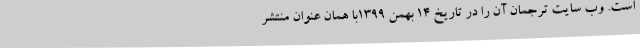
است. وب سایت ترجمان آن را در تاریخ ۱۴ بهمن ۱۳۹۹با همان عنوان منتشر